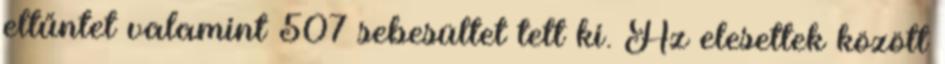
eltűntet valamint 507 sebesültet tett ki. Az elesettek között